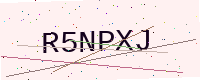
Text: R5NPXJ